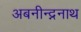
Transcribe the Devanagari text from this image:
अबनीन्द्ननाथ